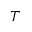
T